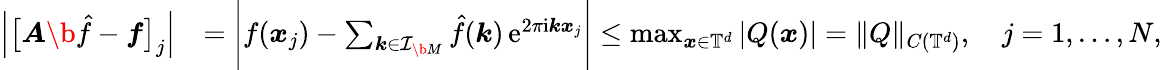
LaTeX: \begin{array}{rl}{\Big|\big[\boldsymbol A\b{\hat{f}}-\boldsymbol f\big]_{j}\Big|}&{=\Bigg|f(\boldsymbol x_{j})-\sum_{\boldsymbol k\in\mathcal I_{\b{M}}}\hat{f}(\boldsymbol k)\, \mathrm e^{2\pi\mathrm i\boldsymbol k\boldsymbol x_{j}}\Bigg|\leq\operatorname*{max}_{\boldsymbol x\in\mathbb T^{d}}|Q(\boldsymbol x)|=\| Q\| _{C(\mathbb T^{d})},\quad j=1,\dots,N,}\end{array}